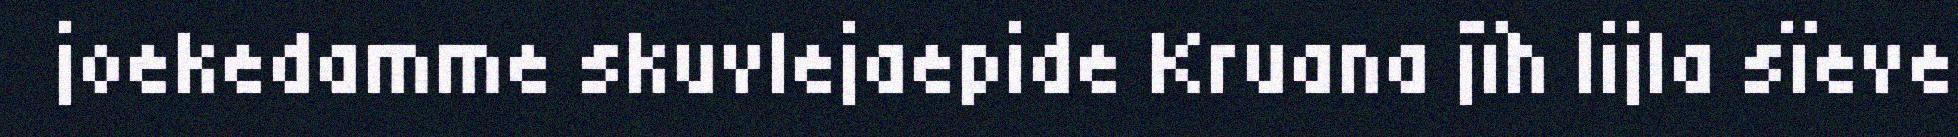
joekedamme skuvlejaepide Kruana jïh lijla sïeve